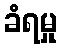
ခံရမှု